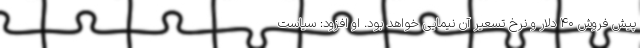
پیش فروش ۴۰ دلار و نرخ تسعیر آن نیمایی خواهد بود. او افزود: سیاست